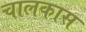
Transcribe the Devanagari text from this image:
चालकास